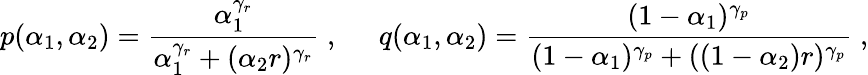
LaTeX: p(\alpha_{1},\alpha_{2})=\frac{\alpha_{1}^{\gamma_{r}}}{\alpha_{1}^{\gamma_{r}}+(\alpha_{2}r)^{\gamma_{r}}}\; ,\; \; \; \; \; q(\alpha_{1},\alpha_{2})=\frac{(1-\alpha_{1})^{\gamma_{p}}}{(1-\alpha_{1})^{\gamma_{p}}+((1-\alpha_{2})r)^{\gamma_{p}}}\; ,